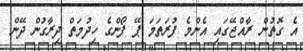
އެ ގޮތުން ރާއްޖޭގައި އެންމެ ފުރަތަމަ ޕޭ ފޯންގެ ހިދުމަތް ދިރާގުން ދޭން